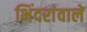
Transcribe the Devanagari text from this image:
भिंदरांवाले